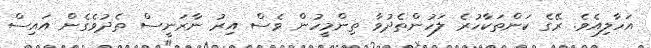
އަހާލިއެވެ. ރޭގެ ކަންތަކާހުރެ ލަހުންތެދުވާ ތިންމީހުން ވެސް އިރު ނާރަނީސް ތެދުވެގެން އައިސް